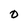
Character: O